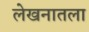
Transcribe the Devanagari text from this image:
लेखनातला